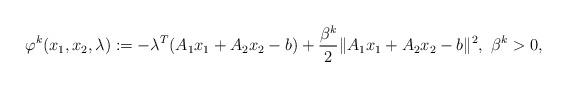
LaTeX: \begin{align*}\varphi^k(x_1,x_2,\lambda):=-\lambda^T(A_1x_1+A_2x_2-b)+\frac{\beta^k}{2}\|A_1x_1+A_2x_2-b\|^2,~\beta^k>0,\end{align*}